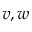
v , w